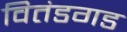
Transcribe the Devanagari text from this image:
वितंडगड